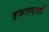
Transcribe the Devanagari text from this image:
इजारदारों